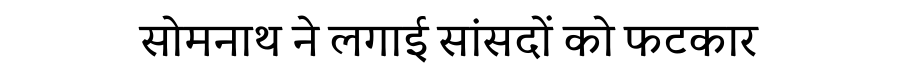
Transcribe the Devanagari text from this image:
सोमनाथ ने लगाई सांसदों को फटकार